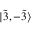
| \Tilde { 3 } , - \Tilde { 3 } \rangle